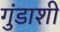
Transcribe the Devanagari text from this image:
गुंडाशी